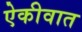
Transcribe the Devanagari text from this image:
ऐकीवात